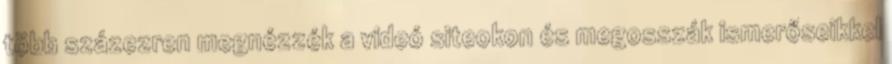
több százezren megnézzék a videó siteokon és megosszák ismerőseikkel